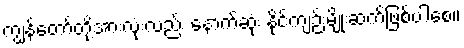
ကျွန်တော်တို့အားလုံးလည်း နောက်ဆုံး နိုင်ကျဉ်းမျိုးဆက်ဖြစ်ပါစေ။